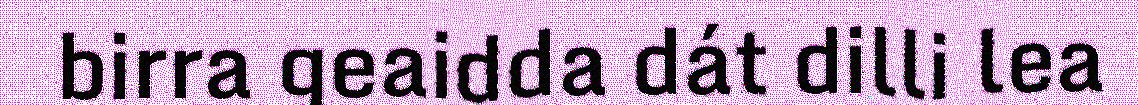
birra geaidda dát dilli lea